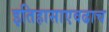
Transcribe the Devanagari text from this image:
इतिहासाएवढाच